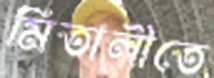
মিতালীতে